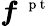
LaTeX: \boldsymbol f^{\mathrm{~\scriptsize~p~t~}}